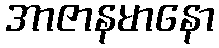
အာဇာနမာနော